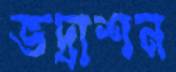
ভদ্রাশন